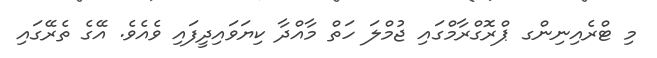
މި ޓްރެއިނިންގ ޕްރޮގްރާމްގައި ޖުމްލަ ހަތް މާއްދާ ކިޔަވައިދީފައި ވެއެވެ. އޭގެ ތެރޭގައި